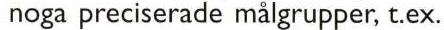
noga preciserade målgrupper, t.ex.